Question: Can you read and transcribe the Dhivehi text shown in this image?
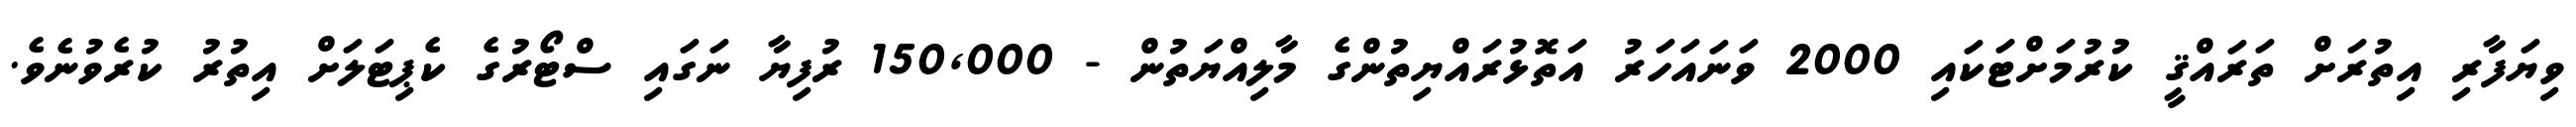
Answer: ވިޔަފާރި އިތުރަށް ތަރައްޤީ ކުރުމަށްޓަކައި 2000 ވަނައަހަރު އަތޮޅުރައްޔިތުންގެ މާލިއްޔަތުން - 150,000 ރުފިޔާ ނަގައި ސްޓޯރުގެ ކެޕިޓަލަށް އިތުރު ކުރެވުނެވެ.